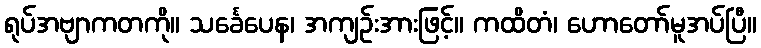
ရုပ်အဗျာကတကို။ သင်္ခေပေန၊ အကျဉ်းအားဖြင့်။ ကထိတံ၊ ဟောတော်မူအပ်ပြီ။